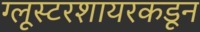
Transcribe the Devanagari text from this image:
ग्लूस्टरशायरकडून